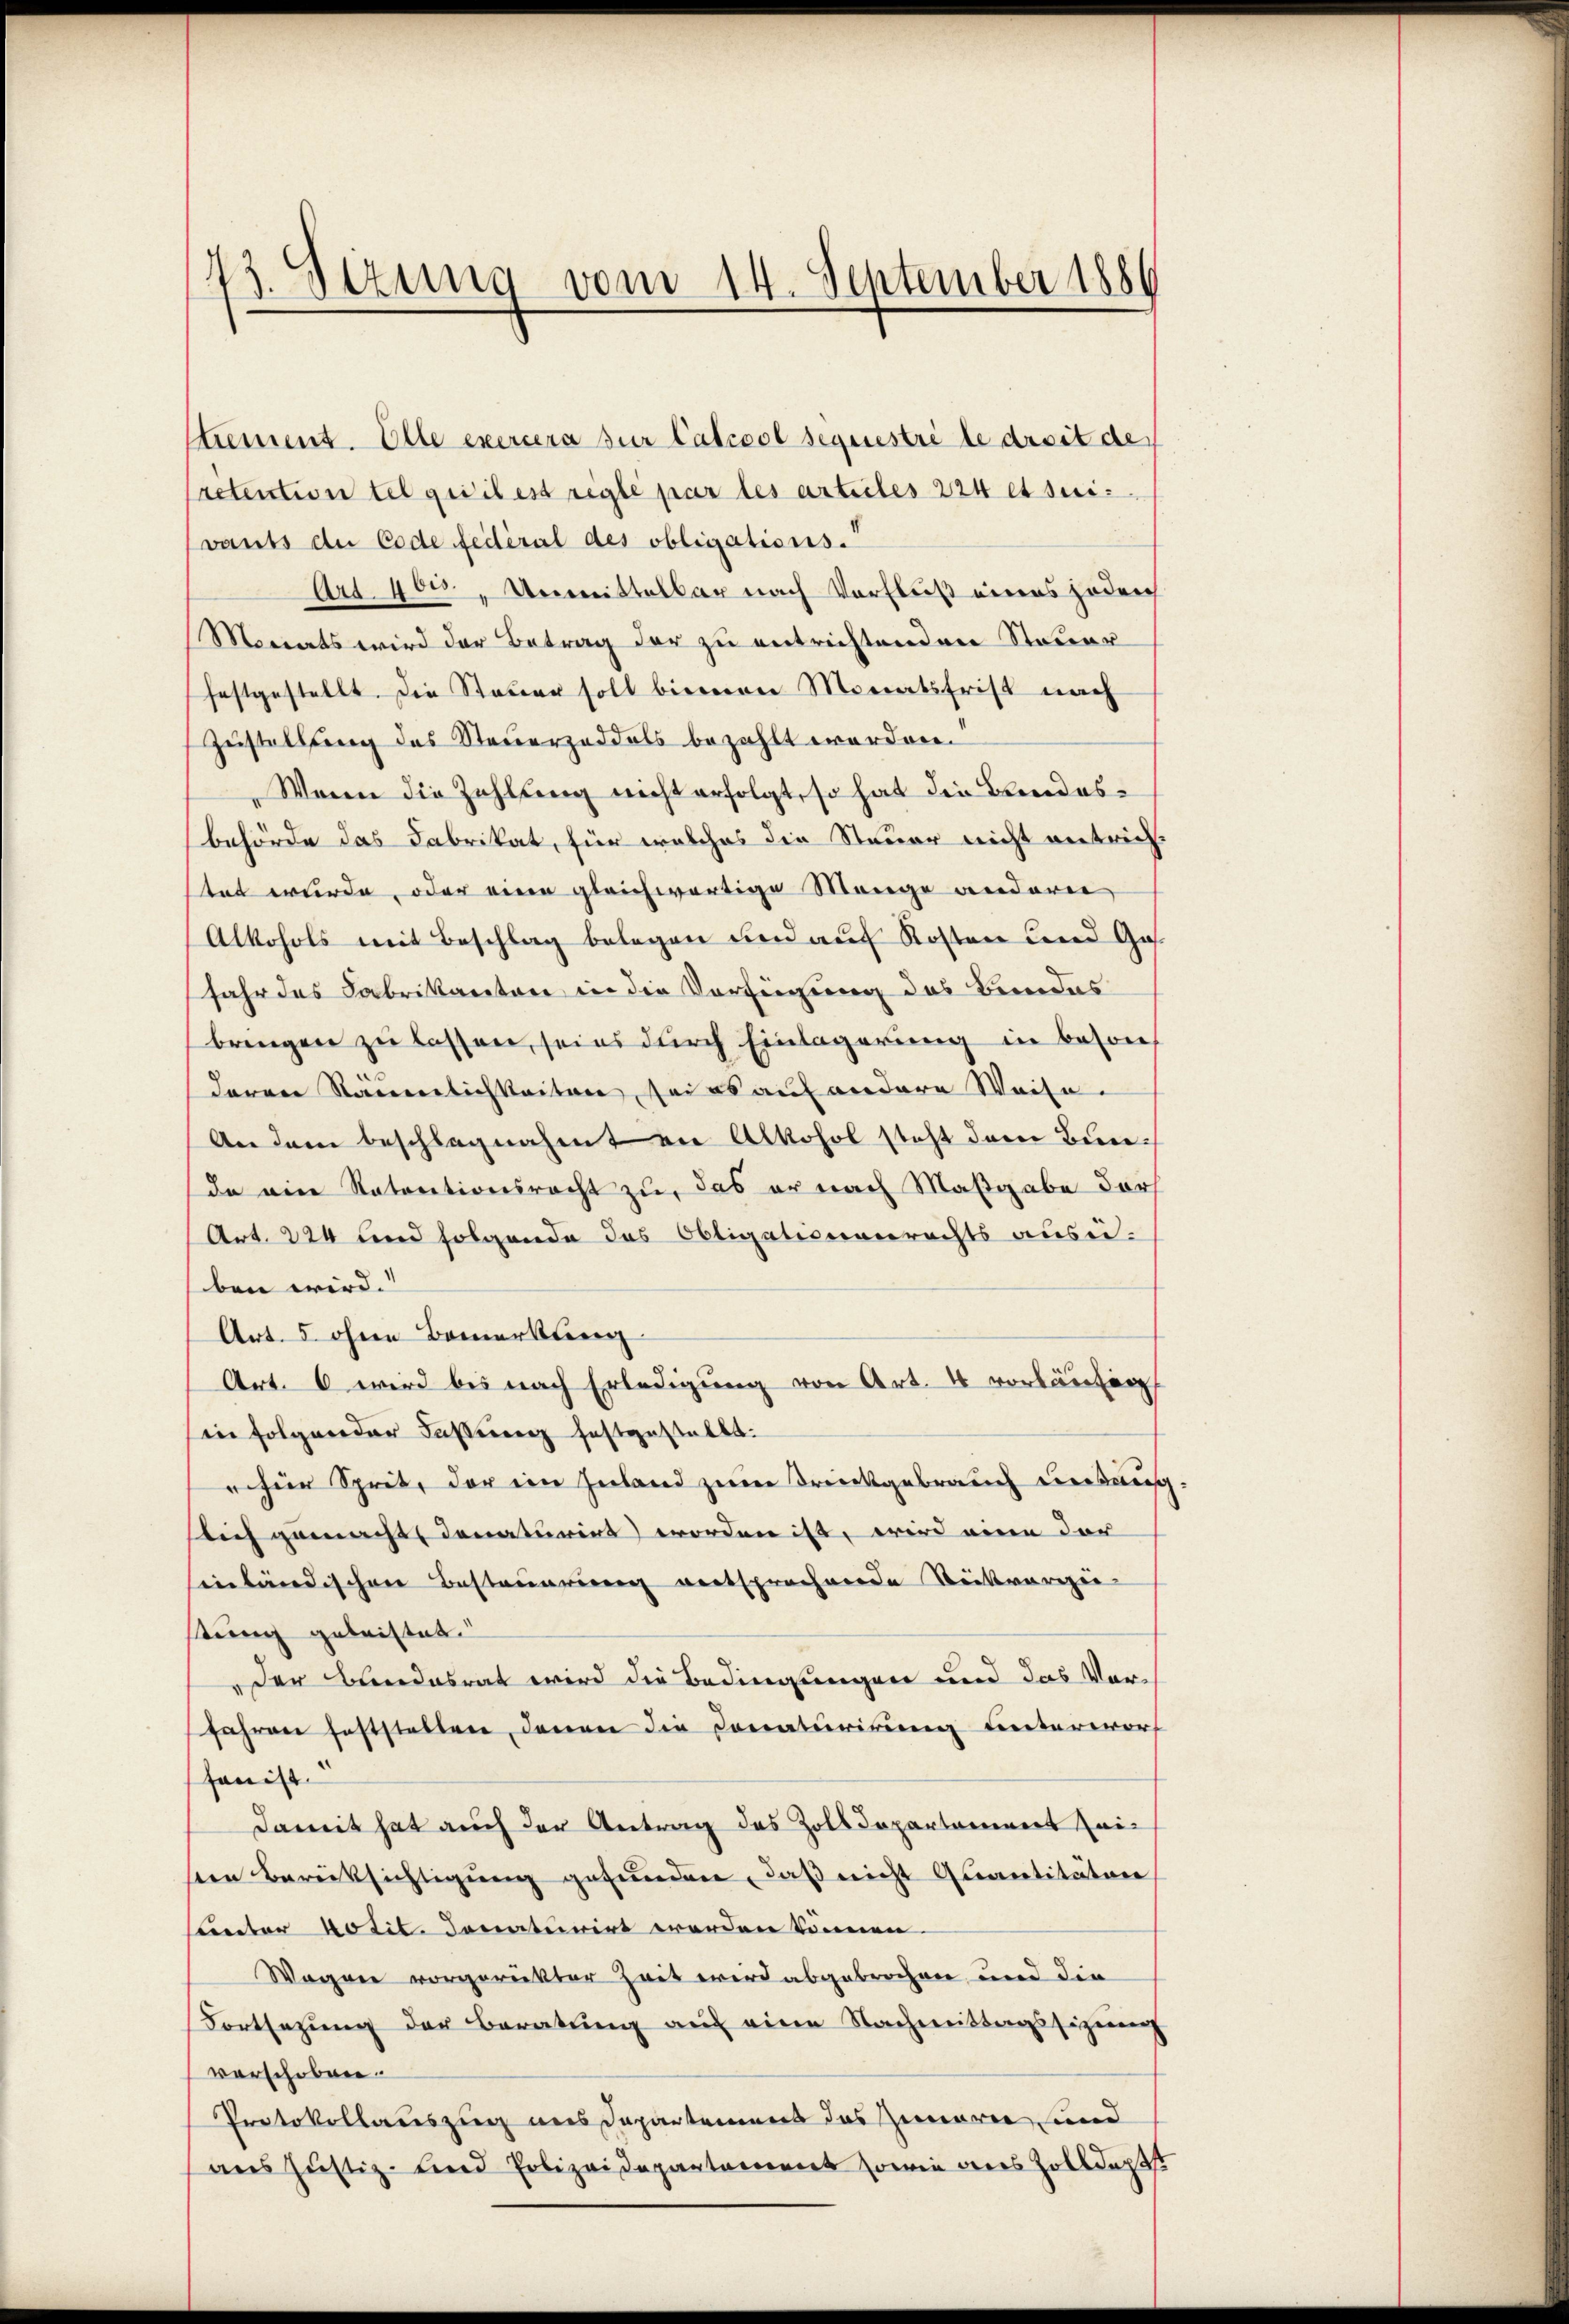
43. Sezung vom 14. September 1886

trement. Elle exercera zur Calccol sequestre le droit der
retention tel getil est réglé par les arteiles 224 et sui-
vants der Code fédéral des obligations.“
Art. 400 " Unmittelbar nach Vorfluß eines oder
Monats wird der Betrag der zu entrichtenden Steuer
festgestellt. Die Steuer soll bienen Monatsfrist nach
Zustellung des Steuerzeddels bezahlt worden.
Wenn die Zahlung nicht erfolgt, so hat die Bundesbehörde das Fabrikat, für welches die Steuer nicht entrichtet wurde, oder eine gleichwärtige Mange anderer
Alkohols mit Beschlag belegen und auf Kosten und Ges.
fahr das Fabrikanton in die Verfügung des Bundes
bringen zu lassen, sei es durch Einlagerung in besonderen Räumlichkeiten, sei es auf andere Weise.
An dem beschlagnahmt an Alkohol steht dem Bunda eine Ratentionsracht zu, das er nach Maßgabe darf
Art. 224 und folgende das Obligationenrechts ausei-
ben wird.
Art. 5 ohne Bemerkung
Art. 6 wird bis nach Erledigung von Art. 4 vorläufig
Ein folgender Fassung festgestellt.
efür Sprit, der im Inland zum Drückgebrauch verbung.
slich gemacht, denaturirt worden ist, wird eine der
inländischen Besteuerung vertsprochende Stückvergie
stung geleistet.
der Bundesrat wird die Bedingungen und das Vor¬
Jahren feststellen, denen die Donaturirung unterworf
hanist
damit hat auch der Antrag des Zolldepartament Zeiseen Berüksichtigung gefunden, daß nicht Quantitäten,
unter Notil donaturirt werden können.
Wagen vorgerükter Zeit wird abgebrochen und die
Fortsezŭng der Beratŭng auf eine Nachmittagssizung
vorschoben.
Protokollauszug aus Departemens das Zimeren und
aus Justiz- und Polizeidepartement sowie dies Zolldepts